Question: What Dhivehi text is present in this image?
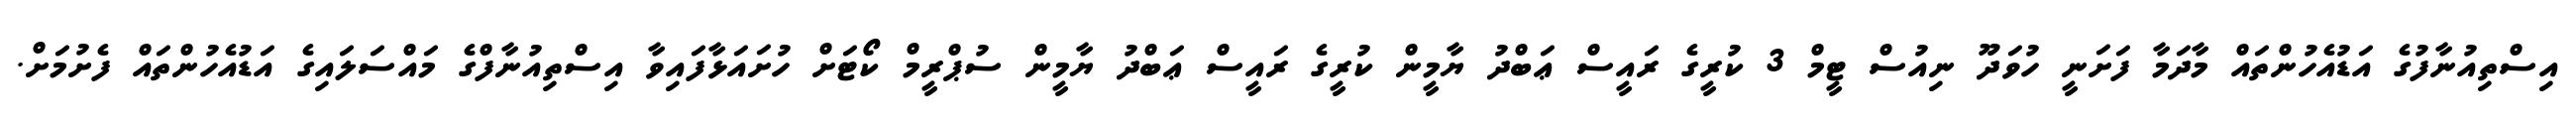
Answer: އިސްތިއުނާފުގެ އަޑުއެހުންތައް މާދަމާ ފަށަނީ ހުވަދޫ ނިއުސް ޓީމް 3 ކުރީގެ ރައީސް ޢަބްދު ޔާމީން ކުރީގެ ރައީސް ޢަބްދު ޔާމީން ސުޕްރީމް ކޯޓަށް ހުށައަޅާފައިވާ އިސްތިއުނާފްގެ މައްސަލައިގެ އަޑުއެހުންތައް ފެށުމަށް.